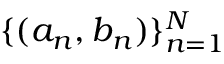
\{ ( a _ { n } , b _ { n } ) \} _ { n = 1 } ^ { N }